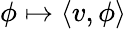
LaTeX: \phi\mapsto\langle v,\phi\rangle